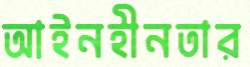
আইনহীনতার